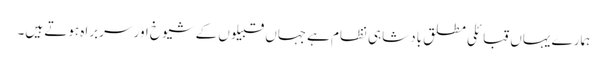
ہمارے یہاں قبائلی مطلق بادشاہی نظام ہےجہاں قبیلوں کے شیوخ اور سربراه ہوتے ہیں۔